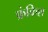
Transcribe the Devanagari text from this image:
फ्रंकिश